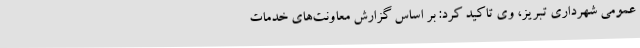
عمومی شهرداری تبریز، وی تاکید کرد: بر اساس گزارش معاونت‌های خدمات